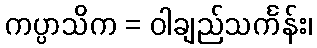
ကပ္ပာသိက = ဝါချည်သင်္ကန်း၊